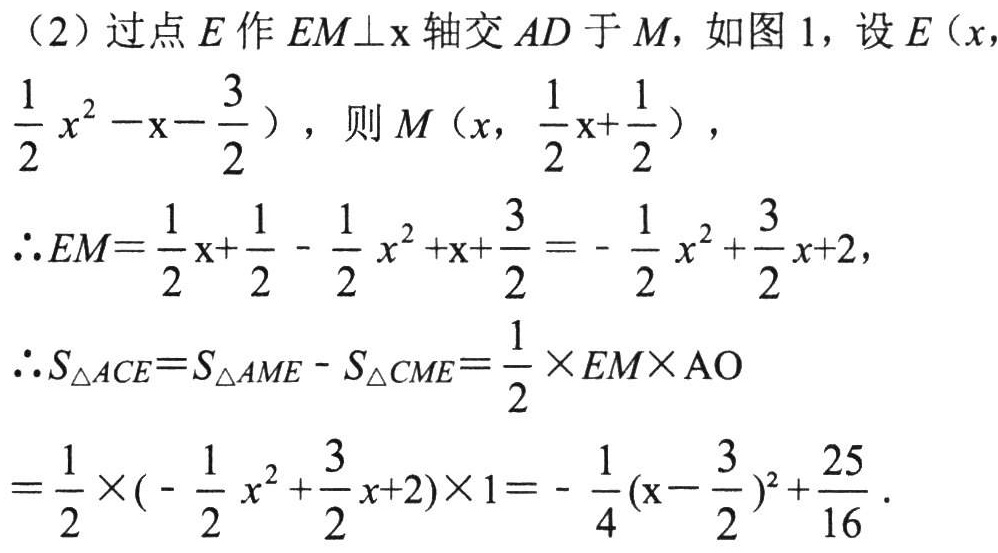
（2）过点\(E\)作\(EM\bot x\)轴交\(AD\)于\(M\)，如图1，设\(E(x, \frac{1}{2}x^{2}-x - \frac{3}{2})\)，则\(M(x, \frac{1}{2}x+\frac{1}{2})\)，
\(\therefore EM = \frac{1}{2}x+\frac{1}{2}- \frac{1}{2}x^{2}+x+\frac{3}{2}=-\frac{1}{2}x^{2}+\frac{3}{2}x + 2\)，
\(\therefore S_{\triangle ACE}=S_{\triangle AME}-S_{\triangle CME}=\frac{1}{2}\times EM\times AO\)
\(=\frac{1}{2}\times(-\frac{1}{2}x^{2}+\frac{3}{2}x + 2)\times1=-\frac{1}{4}(x - \frac{3}{2})^{2}+\frac{25}{16}\)．